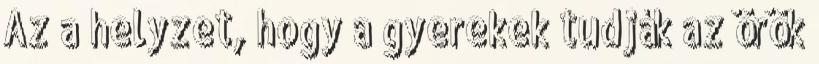
Az a helyzet, hogy a gyerekek tudják az örök